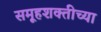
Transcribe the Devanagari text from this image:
समूहशक्तीच्या